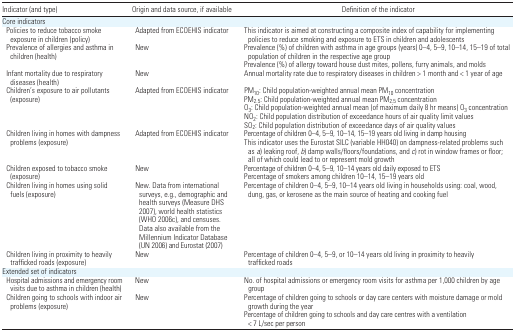
<table><thead><tr><td><b>Indicator (and type)</b></td><td><b>Origin and data source, if available</b></td><td><b>Definition of the indicator</b></td></tr></thead><tbody><tr><td colspan="3">Core indicators</td></tr><tr><td> Policies to reduce tobacco smoke exposure in children (policy)</td><td>Adapted from ECOEHIS indicator</td><td>This indicator is aimed at constructing a composite index of capability for implementing policies to reduce smoking and exposure to ETS in children and adolescents</td></tr><tr><td> Prevalence of allergies and asthma in children (health)</td><td>New</td><td>Prevalence (%) of children with asthma in age groups (years) 0–4, 5–9, 10–14, 15–19 of total population of children in the respective age groupPrevalence (%) of allergy toward house dust mites, pollens, furry animals, and molds</td></tr><tr><td> Infant mortality due to respiratory diseases (health)</td><td>New</td><td>Annual mortality rate due to respiratory diseases in children &gt; 1 month and &lt; 1 year of age</td></tr><tr><td> Children’s exposure to air pollutants (exposure)</td><td>Adapted from ECOEHIS indicator</td><td>PM<sub>10</sub>: Child population-weighted annual mean PM<sub>10</sub> concentrationPM<sub>2.5</sub>: Child population-weighted annual mean PM<sub>2.5</sub> concentrationO<sub>3</sub>: Child population-weighted annual mean (of maximum daily 8 hr means) O<sub>3</sub> concentrationNO<sub>2</sub>: Child population distribution of exceedance hours of air quality limit valuesSO<sub>2</sub>: Child population distribution of exceedance days of air quality values</td></tr><tr><td> Children living in homes with dampness problems (exposure)</td><td>Adapted from ECOEHIS indicator</td><td>Percentage of children 0–4, 5–9, 10–14, 15–19 years old living in damp housingThis indicator uses the Eurostat SILC (variable HH040) on dampness-related problems such as <i>a</i>) leaking roof, <i>b</i>) damp walls/floors/foundations, and <i>c</i>) rot in window frames or floor; all of which could lead to or represent mold growth</td></tr><tr><td> Children exposed to tobacco smoke (exposure)</td><td>New</td><td>Percentage of children 0–4, 5–9, 10–14 years old daily exposed to ETSPercentage of smokers among children 10–14, 15–19 years old</td></tr><tr><td> Children living in homes using solid fuels (exposure)</td><td>New. Data from international surveys, e.g., demographic and health surveys (Measure DHS 2007), world health statistics (WHO 2006c), and censuses. Data also available from the Millennium Indicator Database (UN 2006) and Eurostat (2007)</td><td>Percentage of children 0–4, 5–9, 10–14 years old living in households using: coal, wood, dung, gas, or kerosene as the main source of heating and cooking fuel</td></tr><tr><td> Children living in proximity to heavily trafficked roads (exposure)</td><td>New</td><td>Percentage of children 0–4, 5–9, or 10–14 years old living in proximity to heavily trafficked roads</td></tr><tr><td colspan="3">Extended set of indicators</td></tr><tr><td> Hospital admissions and emergency room visits due to asthma in children (health)</td><td>New</td><td>No. of hospital admissions or emergency room visits for asthma per 1,000 children by age group</td></tr><tr><td> Children going to schools with indoor air problems (exposure)</td><td>New</td><td>Percentage of children going to schools or day care centers with moisture damage or mold growth during the yearPercentage of children going to schools and day care centres with a ventilation &lt; 7 L/sec per person</td></tr></tbody></table>